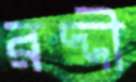
রদ্দী